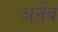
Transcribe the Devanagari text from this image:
अर्नेब